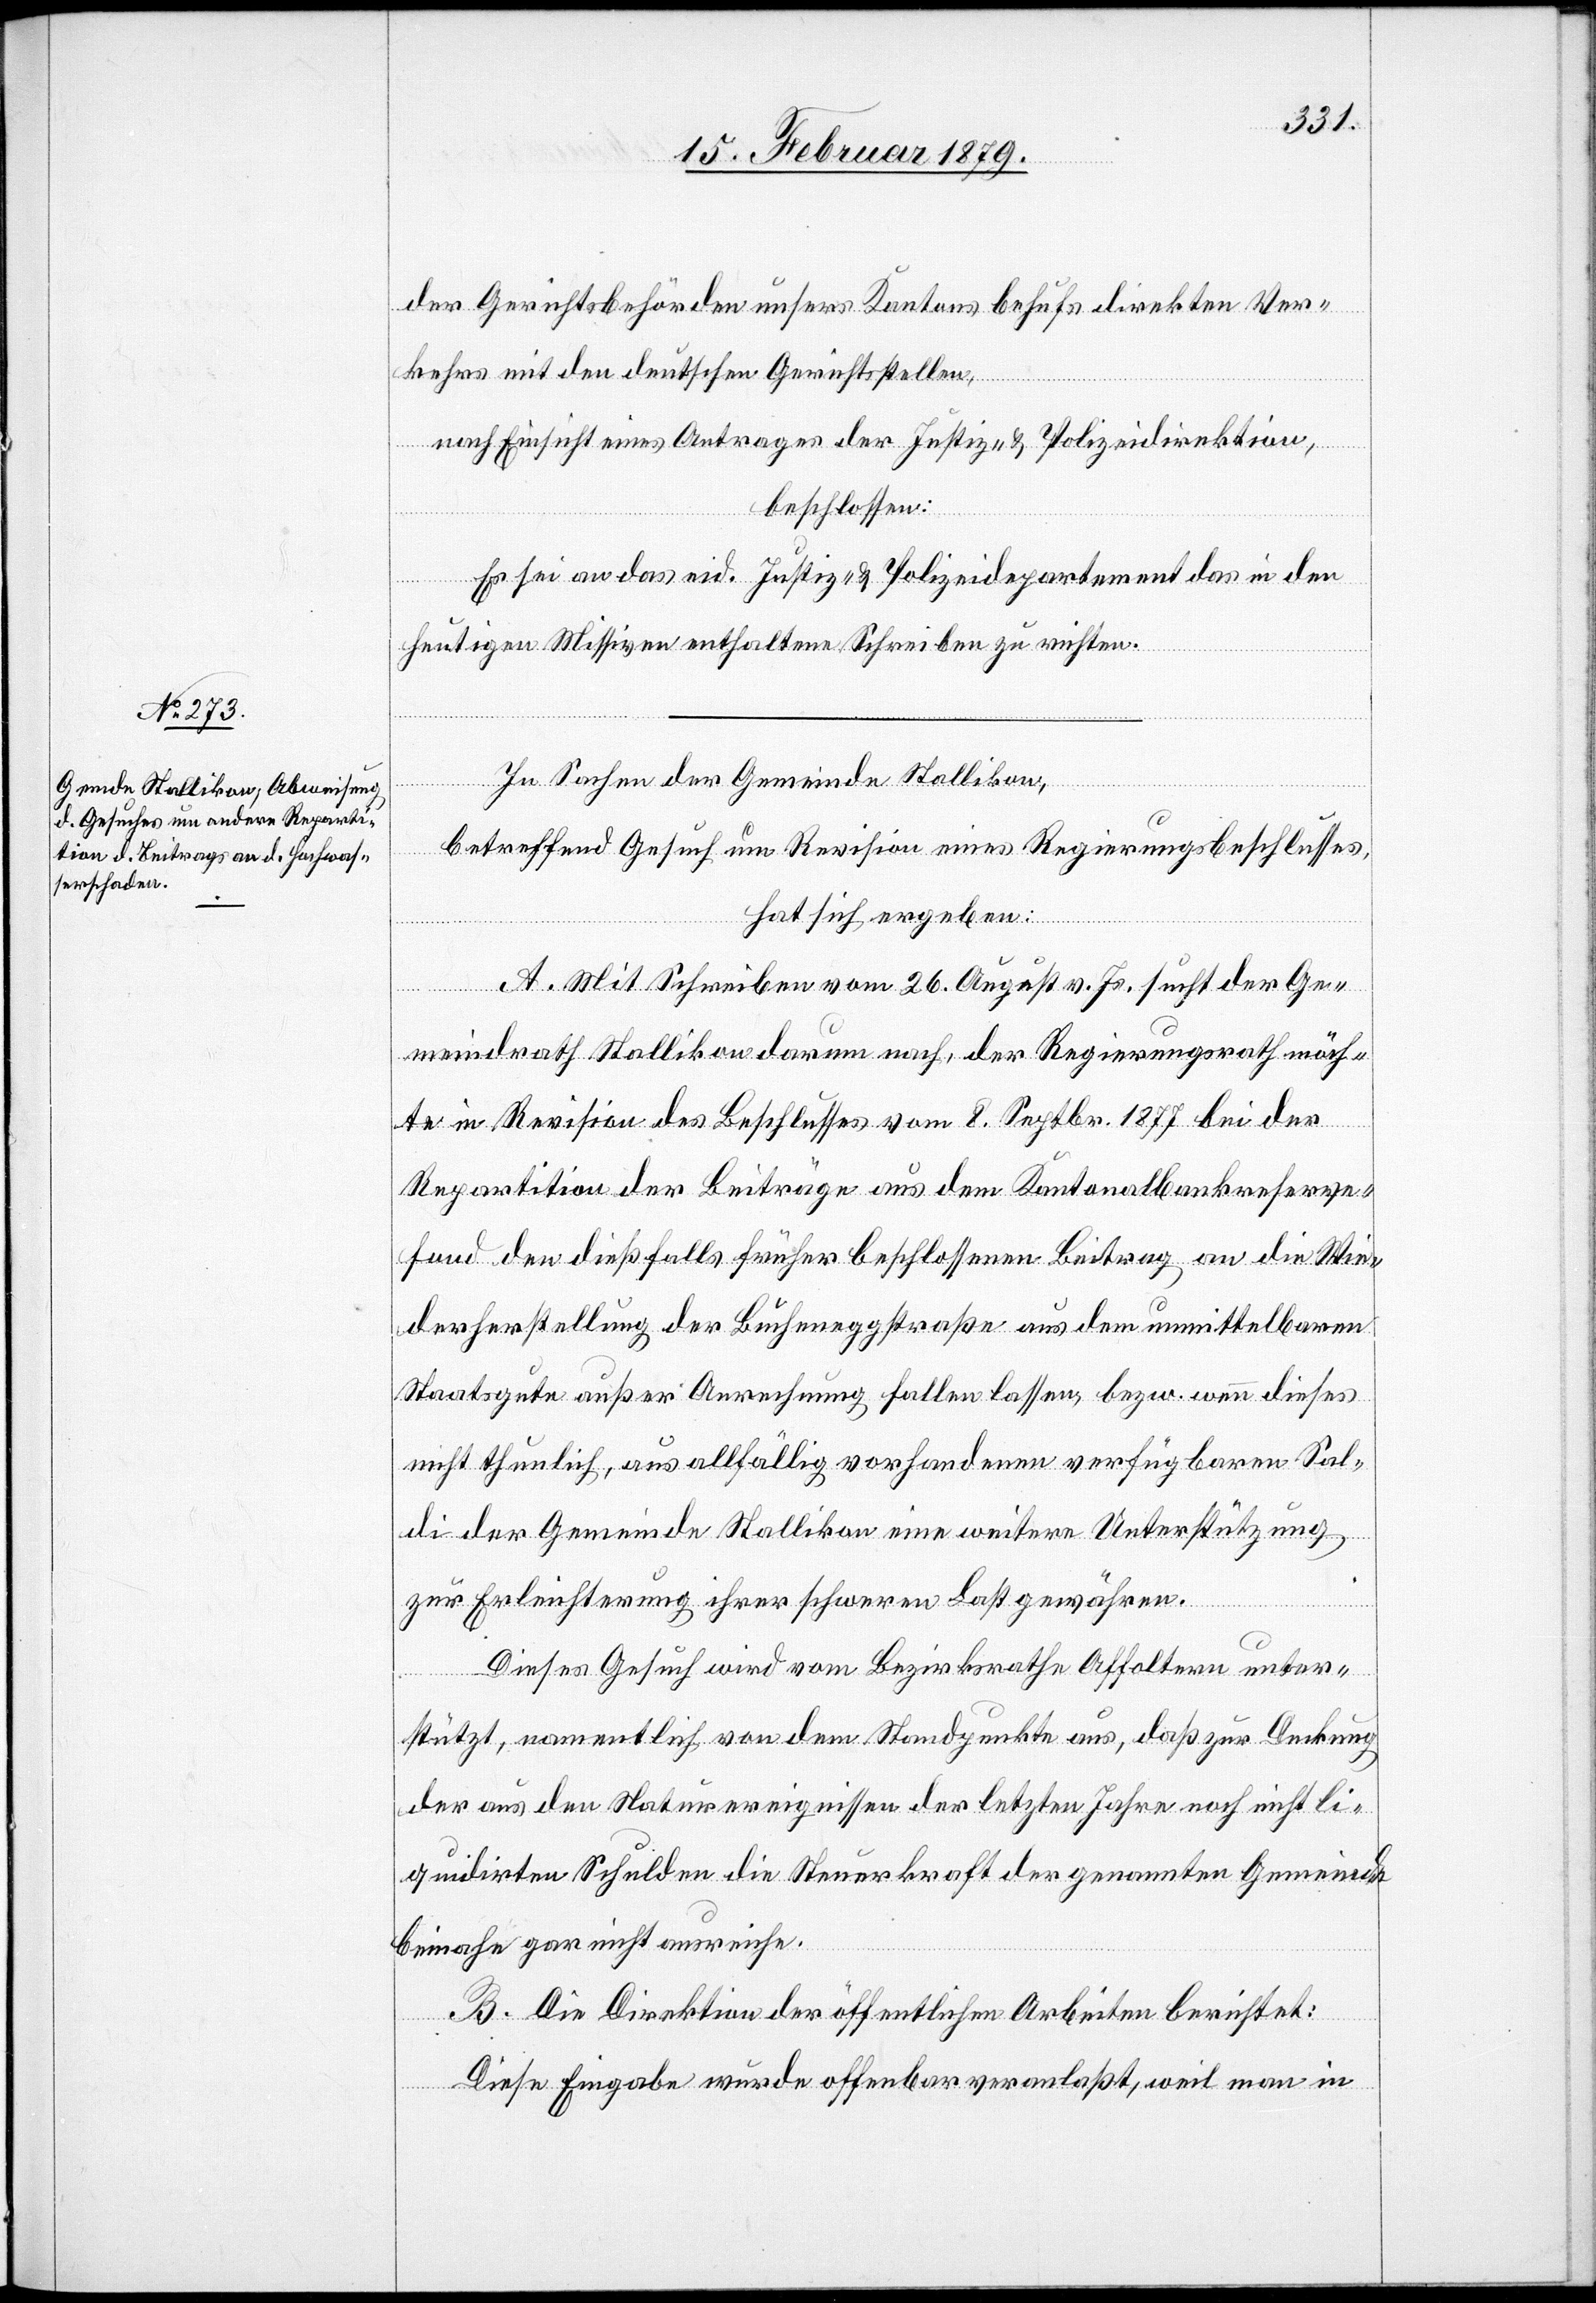
der Gerichtsbehörden unsers Kantons behufs direkten Ver¬
kehrs mit den deutschen Gerichtsstellen,
nach Einsicht eines Antrages der Justiz- & Polizeidirektion,
beschlossen:
Es sei an das eid. Justiz- & Polizeidepartement das in den
heutigen Missiven enthaltene Schreiben zu richten.
In Sachen der Gemeinde Stallikon,
betreffend Gesuch um Revision eines Regierungsbeschlusses,
hat sich ergeben:
A. Mit Schreiben vom 26. August v. Js. sucht der Ge¬
meindrath Stallikon darum nach, der Regierungsrath möch¬
te in Revision des Beschlusses vom 8. Septbr. 1877 bei der
Repartition der Beiträge aus dem Kantonalbankreserve¬
fond den dießfalls früher beschlossenen Beitrag an die Wie¬
derherstellung der Bucheneggstraße aus dem unmittelbaren
Staatsgute außer Anrechnung fallen lassen, bezw. wenn dieses
nicht thunlich, aus allfällig vorhandenen verfügbaren Sal¬
di der Gemeinde Stallikon eine weitere Unterstützung
zur Erleichterung ihrer schweren Last gewähren.
Dieses Gesuch wird von dem Bezirksrathe Affoltern unter¬
stützt, namentlich von dem Standpunkte aus, daß zur Deckung
der aus den Naturereignissen der letzten Jahre nicht li¬
quidirten Schulden die Steuerkraft der genannten Gemeinde
beinahe gar nicht ausreiche.
B. Die Direktion der öffentlichen Arbeiten berichtet:
Diese Eingabe wurde offenbar veranlaßt, weil man in